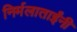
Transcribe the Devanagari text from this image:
निर्मलाताईंनी